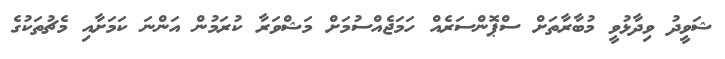
ޝަވީދު ވިދާޅުވީ މުބާރާތަށް ސްޕޮންސަރެއް ހަމަޖެއްސުމަށް މަޝްވަރާ ކުރަމުން އަންނަ ކަމަށާއި މެޗުތަކުގެ